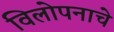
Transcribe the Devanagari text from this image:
विलोपनाचे